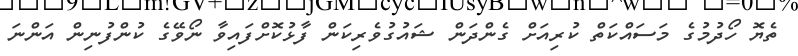
ތެޔޮ ހޯދުމުގެ މަސައްކަތް ކުރިއަށް ގެންދަން ޝައުގުވެރިކަން ފާޅުކޮށްފައިވާ ނޯވޭގެ ކުންފުނިން އަންނަ